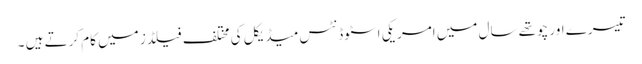
تیسرے اور چوتھے سال میں امریکی اسٹوڈنٹس میڈیکل کی مختلف فیلڈز میں کام کرتے ہیں ۔